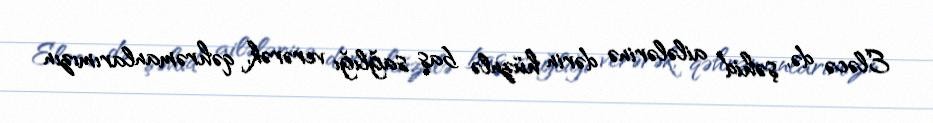
Eləcə də, şəhid ailələrinə dərin hüznlə baş sağlığı verərək, qəhrəmanlarımızın